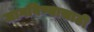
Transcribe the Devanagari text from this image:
जागविण्यासाठी